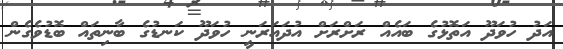
އަދު ހުވަދޫ އަތޮޅުގެ ބައެއް ރަށްރަށް އުދައަރަނީ ހުވަދޫ ކަނޑުގެ ބާނިތައް ބޮޑުވެގެން